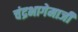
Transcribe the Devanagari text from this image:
चंद्रभागेमाजीं